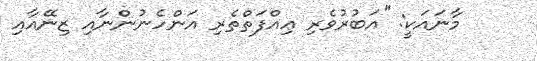
މާނައަކީ: ''އަބުރުވެރި ޢިއްފަތްތެރި އަންހެނުންނާއި ޒިނޭއާއި